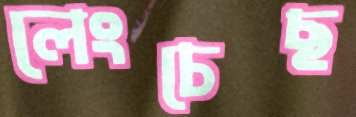
লেংচেছ